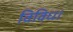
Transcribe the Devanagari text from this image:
विविध।